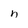
Character: n